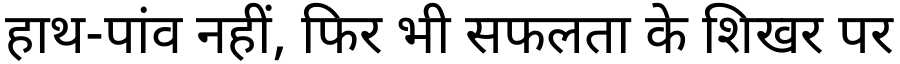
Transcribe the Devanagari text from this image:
हाथ-पांव नहीं, फिर भी सफलता के शिखर पर